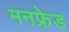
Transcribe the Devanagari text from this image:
मनफ्रेड